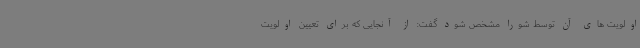
اولویت های آن توسط شورا مشخص شود گفت: از آنجایی که برای تعیین اولویت